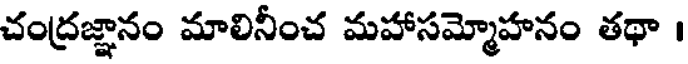
చంద్రజ్ఞానం మాలినీంచ మహాసమ్మోహనం తథా ।